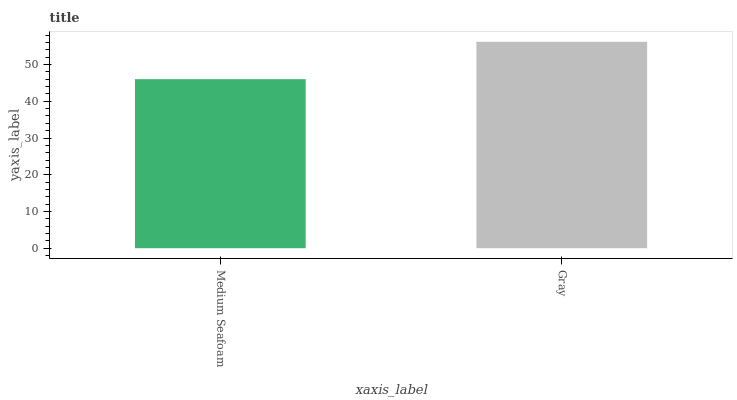
| xaxis_label | bars |
 | --- | --- |
 | Medium Seafoam | 46 |
 | Gray | 56.2 |